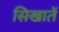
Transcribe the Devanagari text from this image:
सिखातें